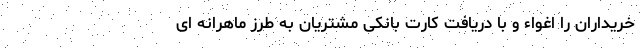
خریداران را اغواء و با دریافت کارت بانکی مشتریان به طرز ماهرانه ای